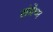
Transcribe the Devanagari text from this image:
संप्रेष्य